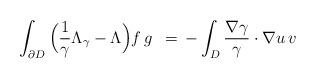
LaTeX: \begin{align*}\int_{\partial D} \Big( \frac{1}{\gamma}\Lambda_\gamma-\Lambda \Big)f \, g \enspace = \, -\int_D \frac{\nabla\gamma}{\gamma}\cdot\nabla u \, v\end{align*}